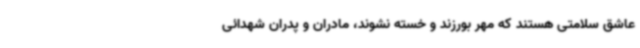
عاشق سلامتی هستند که مهر بورزند و خسته نشوند، مادران و پدران شهدائی